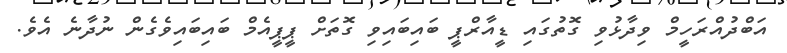
އަބްދުއްރަހީމް ވިދާޅުވި ގޮތުގައި ޑީއާރްޕީ ބައިބައިވި ގޮތަށް ޕީޕީއެމް ބައިބައިވެގެން ނުދާނެ އެވެ.